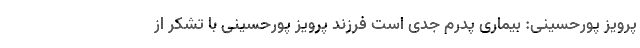
پرویز پورحسینی: بیماری پدرم جدی است فرزند پرویز پورحسینی با تشکر از